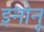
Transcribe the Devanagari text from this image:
इनोनू